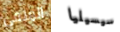
المنفى سيسيليا